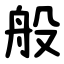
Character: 般